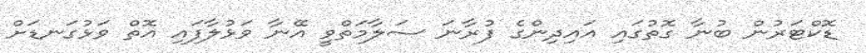
ޑޮކްޓަރުން ބުނާ ގޮތުގައި އައިދިންގެ ފުރާނަ ސަލާމަތްވީ އޭނާ ވަޅުލާފައި އޮތް ވަޅުގަނޑަށް